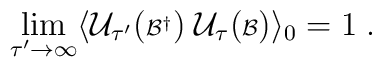
\lim_{\tau^\prime \rightarrow \infty}\langle {\cal U}_{\tau^\prime} ({\scriptstyle{\cal B}^\dagger})\; {\cal U}_\tau ({\scriptstyle{\cal B}}) \rangle_0 = 1 \; .